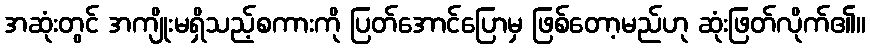
အဆုံးတွင် အကျိုးမရှိသည့်စကားကို ပြတ်အောင်ပြောမှ ဖြစ်တော့မည်ဟု ဆုံးဖြတ်လိုက်၏။